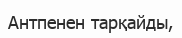
Антпенен тарқайды,